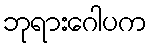
ဘုရားဂေါပက